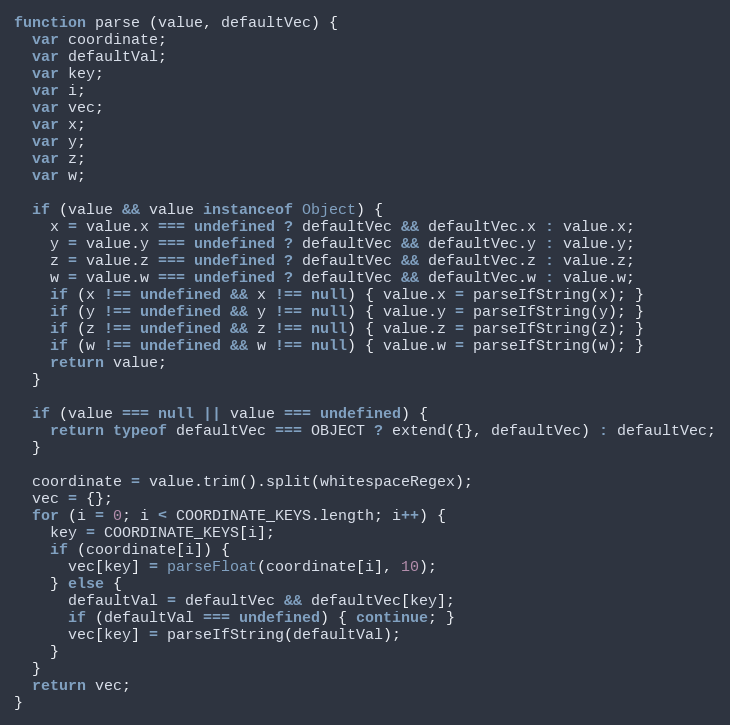
Language: JavaScript
function parse (value, defaultVec) {
  var coordinate;
  var defaultVal;
  var key;
  var i;
  var vec;
  var x;
  var y;
  var z;
  var w;

  if (value && value instanceof Object) {
    x = value.x === undefined ? defaultVec && defaultVec.x : value.x;
    y = value.y === undefined ? defaultVec && defaultVec.y : value.y;
    z = value.z === undefined ? defaultVec && defaultVec.z : value.z;
    w = value.w === undefined ? defaultVec && defaultVec.w : value.w;
    if (x !== undefined && x !== null) { value.x = parseIfString(x); }
    if (y !== undefined && y !== null) { value.y = parseIfString(y); }
    if (z !== undefined && z !== null) { value.z = parseIfString(z); }
    if (w !== undefined && w !== null) { value.w = parseIfString(w); }
    return value;
  }

  if (value === null || value === undefined) {
    return typeof defaultVec === OBJECT ? extend({}, defaultVec) : defaultVec;
  }

  coordinate = value.trim().split(whitespaceRegex);
  vec = {};
  for (i = 0; i < COORDINATE_KEYS.length; i++) {
    key = COORDINATE_KEYS[i];
    if (coordinate[i]) {
      vec[key] = parseFloat(coordinate[i], 10);
    } else {
      defaultVal = defaultVec && defaultVec[key];
      if (defaultVal === undefined) { continue; }
      vec[key] = parseIfString(defaultVal);
    }
  }
  return vec;
}